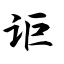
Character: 讵